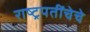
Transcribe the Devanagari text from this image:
राष्ट्रपतींचेचे